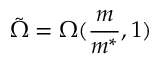
\tilde { \Omega } = \Omega ( \frac { m } { m ^ { * } } , 1 )